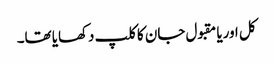
کل اوریا مقبول جان کا کلپ دکھایا تھا۔